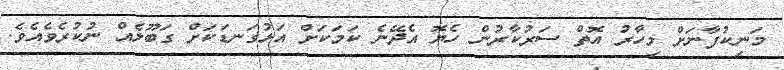
މަނިކުފާނަށް މިހާރު އޮތް ސަރުކާރުން ހެޔޮ އެދޭނެ ކަމަކަށް އަޅުގަނޑަކަށް ގަބޫލެއް ނުކުރެވެއެވެ.